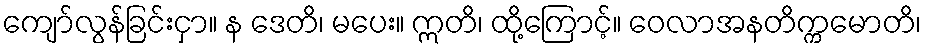
ကျော်လွန်ခြင်းငှာ။ န ဒေတိ၊ မပေး။ ဣတိ၊ ထို့ကြောင့်။ ဝေလာအနတိက္ကမောတိ၊